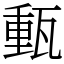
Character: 𤭮